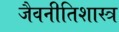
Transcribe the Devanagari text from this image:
जैवनीतिशास्त्र